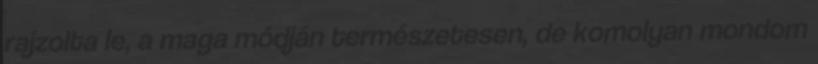
rajzolta le, a maga módján természetesen, de komolyan mondom